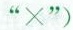
”X”)